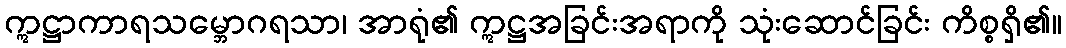
ဣဋ္ဌာကာရသမ္ဘောဂရသာ၊ အာရုံ၏ ဣဋ္ဌအခြင်းအရာကို သုံးဆောင်ခြင်း ကိစ္စရှိ၏။